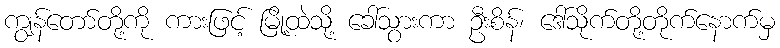
ကျွန်တော်တို့ကို ကားဖြင့် မြို့ထဲသို့ ခေါ်သွားကာ ဦးစိန်၊ ဒေါ်သိုက်တို့တိုက်နောက်မှ